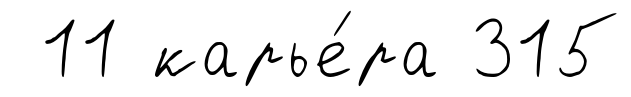
11 карье́ра 315